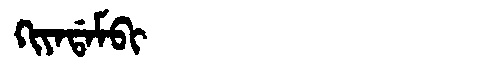
Manchu: ᡴᡳᠶᠠᡩᠠᠮᠪᡳ
Romanization: KIYADAMBI